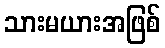
သားမယားအဖြစ်